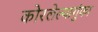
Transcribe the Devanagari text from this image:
कोरलेल्यागुंफा